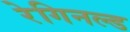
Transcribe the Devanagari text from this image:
रेगिनल्ड